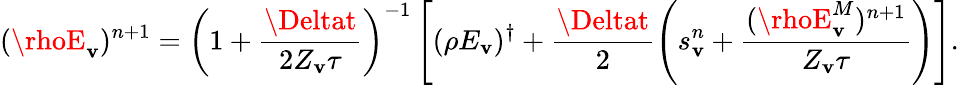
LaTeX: (\rhoE_{\mathbf{v}})^{n+1}=\left(1+\frac{{\Deltat}}{{2Z_{\mathbf{v}}\tau}}\right)^{-1}\left[(\rho{E_{\mathbf{v}}})^{\dagger}+\frac{{\Deltat}}{{2}}\left(s_{\mathbf{v}}^{n}+\frac{{(\rhoE_{\mathbf{v}}^{M})^{n+1}}}{{Z_{\mathbf{v}}\tau}}\right)\right].